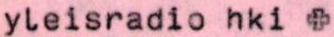
yleisradio hki +